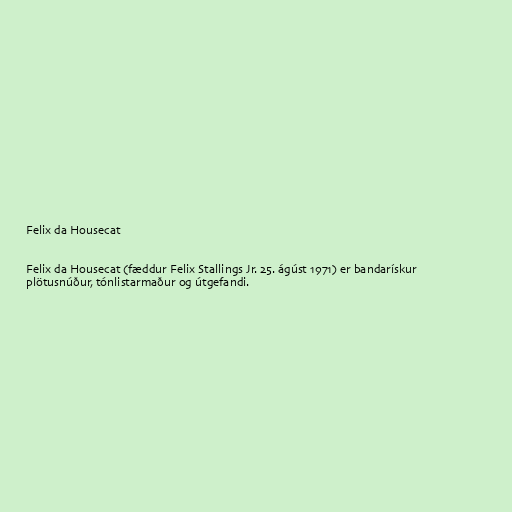
Felix da Housecat

Felix da Housecat (fæddur Felix Stallings Jr. 25. ágúst 1971) er bandarískur
plötusnúður, tónlistarmaður og útgefandi.